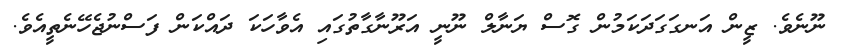
ނޫނެވެ. ޒީން އަނގަގަދަކަމުން ގޮސް ޔަނާލް ނޫނީ އަރޫނާގާތުގައި އެވާހަކަ ދައްކަން ފަސްނުޖެހޭނެތީއެވެ.